Mental hospitals Bombay report 1921-28 - 1921-1928
Year: 1921
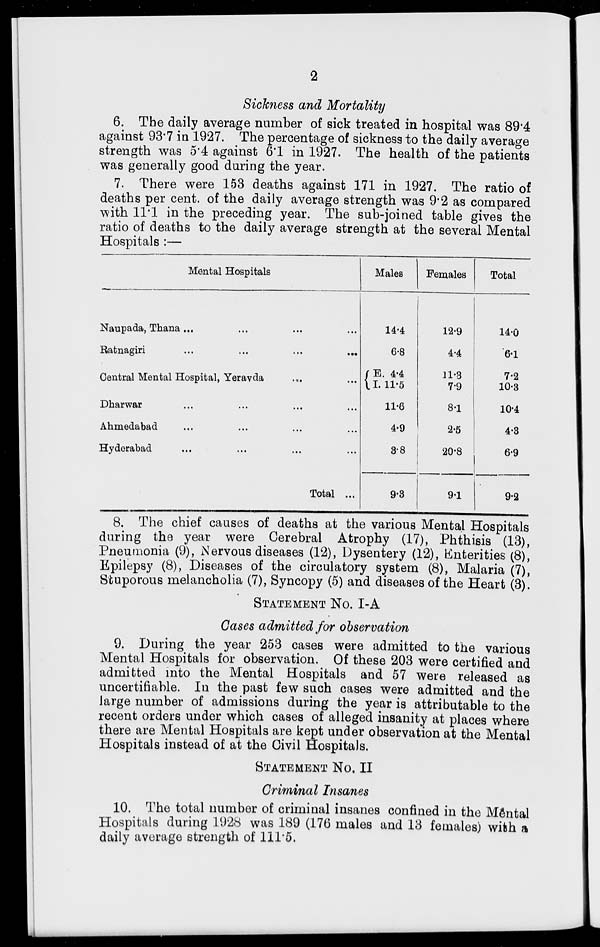
2
Sickness and Mortality
6. The daily average number of sick treated in hospital was 89.4
against 93.7 in 1927. The percentage of sickness to the daily average
strength was 5.4 against 6.1 in 1927. The health of the patients
was generally good during the year.
7. There were 153 deaths against 171 in 1927. The ratio of
deaths per cent. of the daily average strength was 9.2 as compared
with 11.1 in the preceding year. The sub-joined table gives the
ratio of deaths to the daily average strength at the several Mental
Hospitals :—
Mental Hospitals
Naupada, Thana ... ... ... ...
Ratnagiri ... ... ... ...
Central Mental Hospital, Yeravda ... ...
Dharwar ... ... ... ...
Ahmedabad ... ... ... ...
Hyderabad ... ... ... ...
Total ...
Males
14.4
6.8
E. 4.4
I. 11.5
11.6
4.9
3.8
9.3
Females
12.9
4.4
11.3
7.9
8.1
2.5
20.8
9.1
Total
14.0
6.1
7.2
10.3
10.4
4.3
6.9
9.2
8. The chief causes of deaths at the various Mental Hospitals
during the year were Cerebral Atrophy (17), Phthisis (13),
Pneumonia (9), Nervous diseases (12), Dysentery (12), Enterities (8),
Epilepsy (8), Diseases of the circulatory system (8), Malaria (7),
Stuporous melancholia (7), Syncopy (5) and diseases of the Heart (3).
STATEMENT No. I-A
Cases admitted for observation
9. During the year 253 cases were admitted to the various
Mental Hospitals for observation. Of these 203 were certified and
admitted into the Mental Hospitals and 57 were released as
uncertifiable. In the past few such cases were admitted and the
large number of admissions during the year is attributable to the
recent orders under which cases of alleged insanity at places where
there are Mental Hospitals are kept under observation at the Mental
Hospitals instead of at the Civil Hospitals.
STATEMENT No. II
Criminal Insanes
10. The total number of criminal insanes confined in the Mental
Hospitals during 1928 was 189 (176 males and 13 females) with a
daily average strength of 111.5.